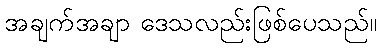
အချက်အချာ ဒေသလည်းဖြစ်ပေသည်။